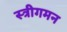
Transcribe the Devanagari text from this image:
स्त्रीगमन